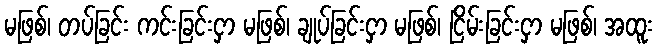
မဖြစ်၊ တပ်ခြင်း ကင်းခြင်းငှာ မဖြစ်၊ ချုပ်ခြင်းငှာ မဖြစ်၊ ငြိမ်းခြင်းငှာ မဖြစ်၊ အထူး